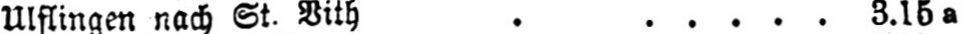
Ulflingen nach St. Bith ...... 3.15a